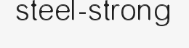
steel-strong